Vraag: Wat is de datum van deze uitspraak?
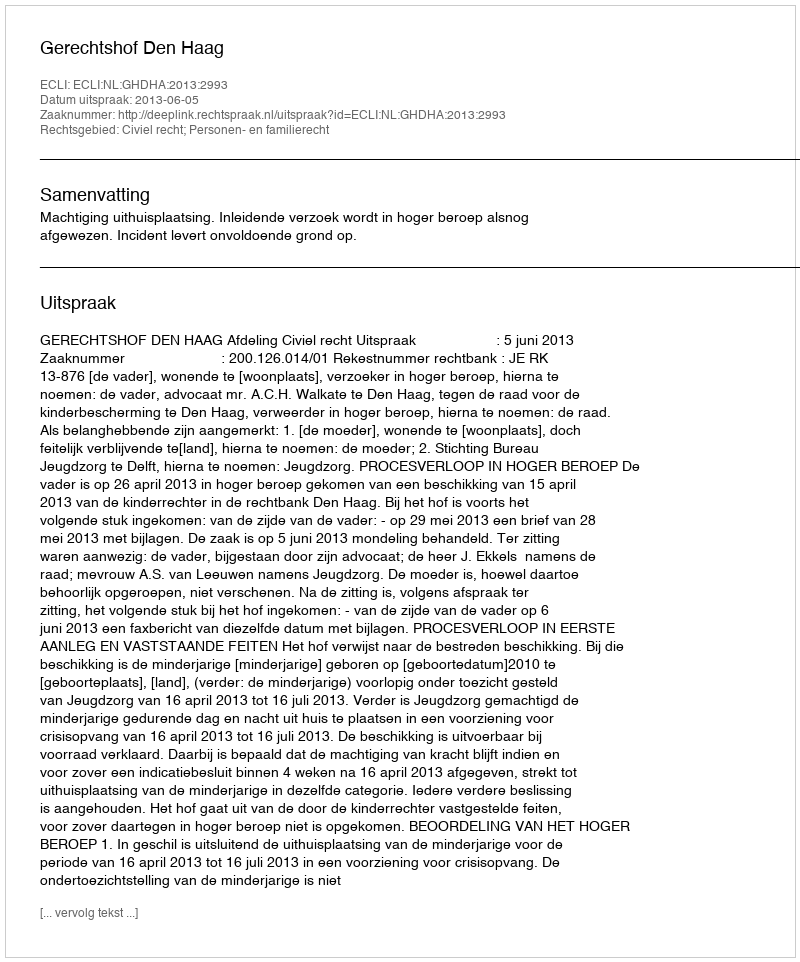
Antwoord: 2013-06-05